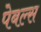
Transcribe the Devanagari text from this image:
पेबल्स